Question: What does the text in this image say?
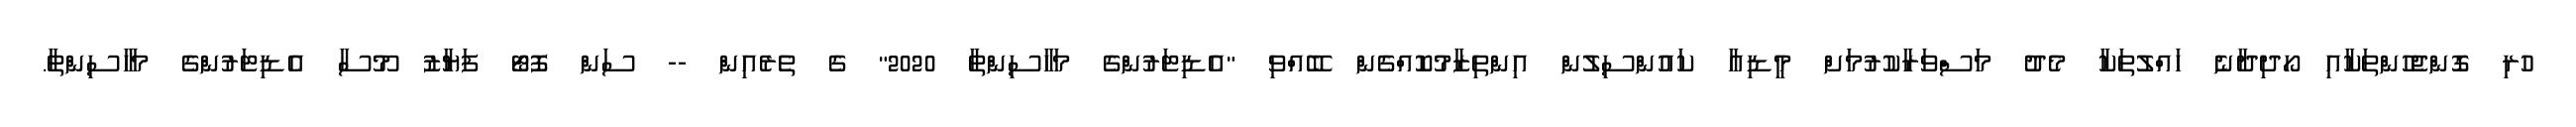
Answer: ހުރި ގޮންޖެހުންތަކާއި ހޯދިދާނެ ހައްލުތަކާ މެދު މަސްވަރާކުރުމަށް މީޑިއާ ކައުންސިލުން އިންތިޒާމުކޮއްގެން ބޭއްވި "އެޑިޓަރުންގެ މަހާސިންތާ 2020" ގެ ތެރެއިން -- ސަން ފޮޓޯ ފަޔާޒު މޫސާ އެޑިޓަރުންގެ މަހާސިންތާ.